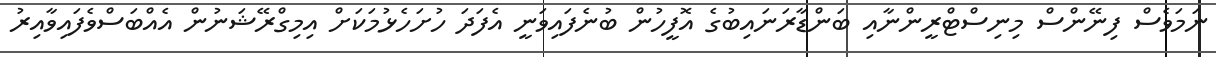
ނަމަވެސް ފިނޭންސް މިނިސްޓްރީންނާއި ބަންޑާރަނައިބުގެ އޮފީހުން ބުނެފައިވަނީ އެފަދަ ހުށަހެޅުމަކަށް އިމިގްރޭޝަނުން އެއްބަސްވެފައިވާއިރު